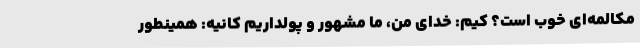
مکالمه‌ای خوب است؟ کیم: خدای من، ما مشهور و پولداریم کانیه: همینطور